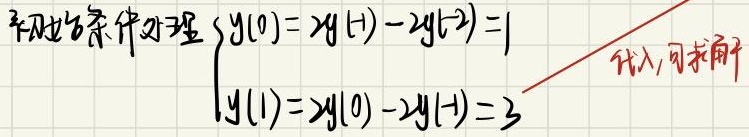
\[
\begin{cases}
y(0)=2y(-1)-2y(-2)=1\\
y(1)=2y(0)-2y(-1)=3
\end{cases}
\]